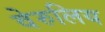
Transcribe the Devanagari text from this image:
वेरुलिय